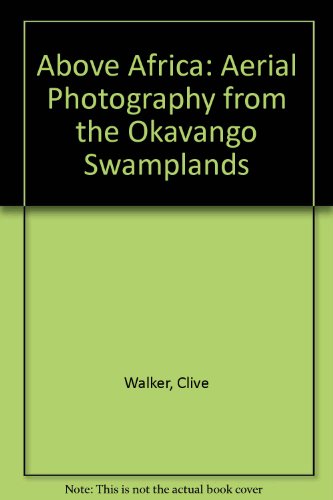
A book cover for Above Africa: Aerial Photography from the Okavango Swamplands; Clive Walker; Travel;